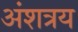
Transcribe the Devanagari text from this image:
अंशत्रय